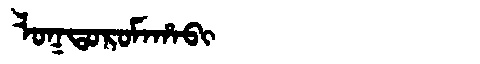
Manchu: ᠯᠣᡴᡨᠣᡵᠣᠮᠠᡥᠠᠪᡳ
Romanization: LOKTOROMAHABI